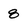
Character: 8